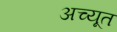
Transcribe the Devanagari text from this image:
अच्यूत